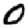
Digit: 0